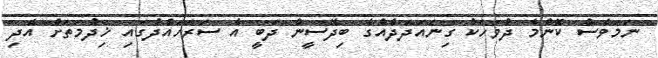
ނަމަވެސް ކޮންމެ ދުވަހަކު ގިނައަދަދެއްގެ ބިދޭސީން ދަބީ އެ ސަރަހައްދުގައި ޚިދުމަތަށް އެދި